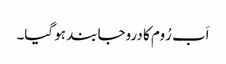
اَب رُوم کا دروجا بند ہو گیا۔